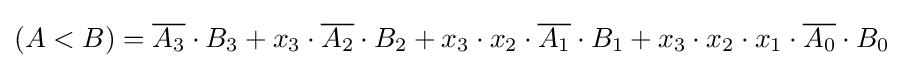
(A<B)={\overline {A_{3}}}\cdot B_{3}+x_{3}\cdot {\overline {A_{2}}}\cdot B_{2}+x_{3}\cdot x_{2}\cdot {\overline {A_{1}}}\cdot B_{1}+x_{3}\cdot x_{2}\cdot x_{1}\cdot {\overline {A_{0}}}\cdot B_{0}